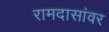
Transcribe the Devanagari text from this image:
रामदासांवर